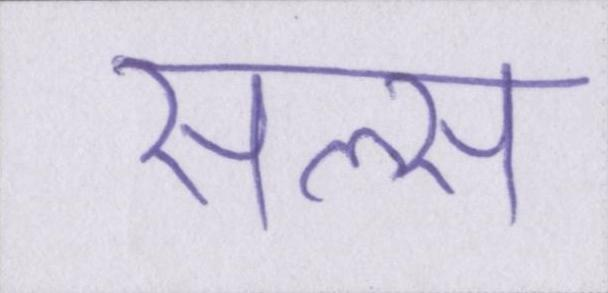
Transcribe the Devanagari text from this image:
सेल्स